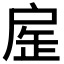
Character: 𢩏